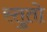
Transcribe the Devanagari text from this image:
स्तुतो